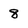
Character: 8